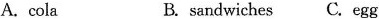
A.cola B. sandwiches C. egg